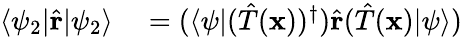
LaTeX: \begin{array}{rl}{\langle\psi_{2}|{\hat{\mathbf{r}}}|\psi_{2}\rangle}&{{}=(\langle\psi|({\hat{T}}(\mathbf{x}))^{\dagger}){\hat{\mathbf{r}}}({\hat{T}}(\mathbf{x})|\psi\rangle)}\end{array}